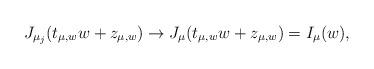
LaTeX: \begin{align*}J_{\mu_{j}}(t_{\mu,w}w+z_{\mu,w})\rightarrow J_{\mu}(t_{\mu,w}w+z_{\mu,w})=I_{\mu}(w),\end{align*}